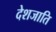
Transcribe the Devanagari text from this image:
देशजाति